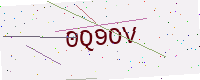
Text: 0Q9OV